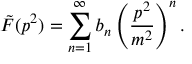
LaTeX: \tilde { F } ( p ^ { 2 } ) = \sum _ { n = 1 } ^ { \infty } b _ { n } \left( \frac { p ^ { 2 } } { m ^ { 2 } } \right) ^ { n } .